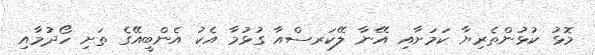
މޮޅު ކުޅުންތެރިޔާ ކަމަށާއި އޭނާ ލޭކަރސްއާ ގުޅުމާ އެކު އެންބީއޭގެ ތަށި ހޯދުމާއި